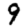
Digit: 9